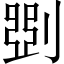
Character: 㓸